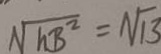
\sqrt { h B ^ { 2 } } = \sqrt { 1 3 }